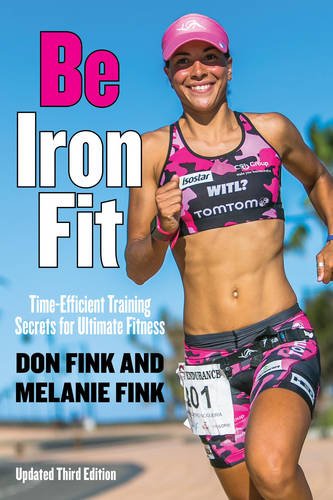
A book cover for Be IronFit: Time-Efficient Training Secrets for Ultimate Fitness; Don Fink; Health, Fitness & Dieting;